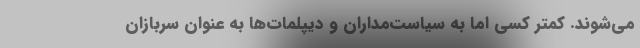
می‌شوند. کمتر کسی اما به سیاست‌مداران و دیپلمات‌ها به عنوان سربازان